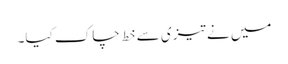
میں نے تیزی سے خط چاک کیا۔